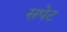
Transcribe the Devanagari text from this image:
सपेट